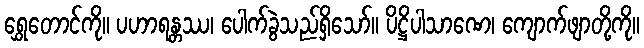
ရွှေတောင်ကို။ ပဟာရန္တဿ၊ ပေါက်ခွဲသည်ရှိသော်။ ပိဋ္ဌိပါသာဏေ၊ ကျောက်ဖျာတို့ကို။